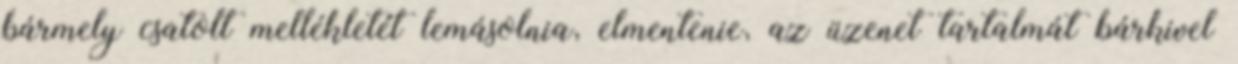
bármely csatolt mellékletét lemásolnia, elmentenie, az üzenet tartalmát bárkivel